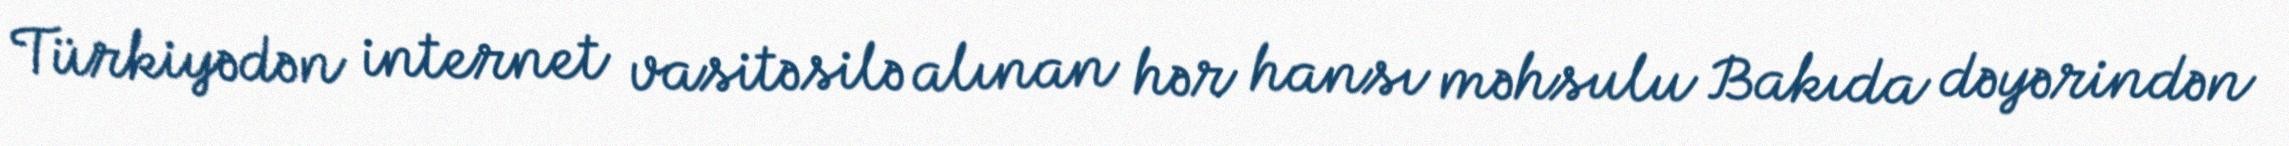
Türkiyədən internet vasitəsilə alınan hər hansı məhsulu Bakıda dəyərindən